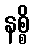
နစ္စိ